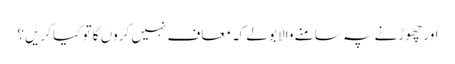
اور چھوڑنے پہ سامنے والا بولے کہ معاف نہیں کروں گا تو کیا کریں؟